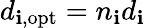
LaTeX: d_{\mathbf{i},\mathrm{{opt}}}=n_{\mathbf{i}}d_{\mathbf{i}}